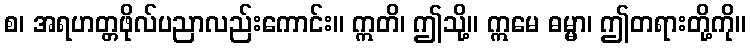
စ၊ အရဟတ္တဖိုလ်ပညာလည်းကောင်း။ ဣတိ၊ ဤသို့။ ဣမေ ဓမ္မာ၊ ဤတရားတို့ကို။